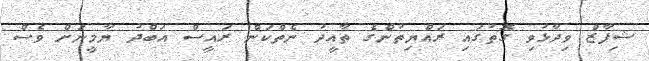
ޝިފާޒް ވިދާޅުވި ގޮތުގައި ރައްޔިތުންގެ ތާއީދު ނެތްކަން ރައީސް އަބްދު ޔާމީނަށް ވެސް